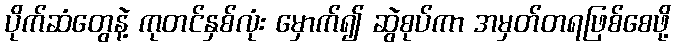
ပိုက်ဆံတွေနဲ့ ကုတင်နှစ်လုံး မှောက်၍ ဆွဲစုပ်ကာ အမှတ်တရဖြစ်စေဖို့